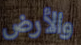
والأرض